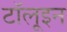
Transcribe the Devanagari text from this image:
टॉलूइन